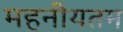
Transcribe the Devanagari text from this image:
महनीयतम